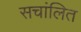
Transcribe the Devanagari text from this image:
सचांलित